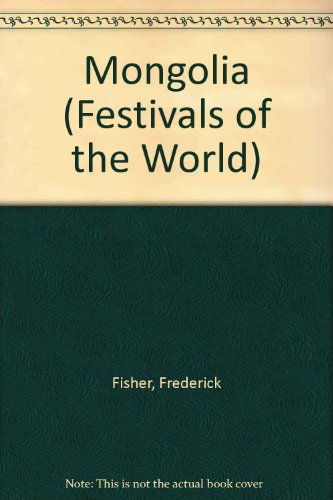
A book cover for Mongolia (Festivals of the World); Children's Books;